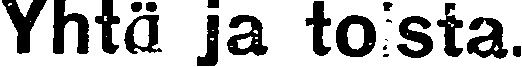
Yhtä ja toista.